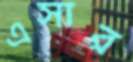
এসার